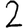
Digit: 2